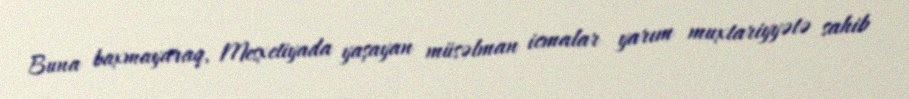
Buna baxmayaraq, Mesxetiyada yaşayan müsəlman icmalar yarım muxtariyyətə sahib